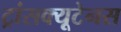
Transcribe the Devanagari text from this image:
ट्रांसक्यूटेनस